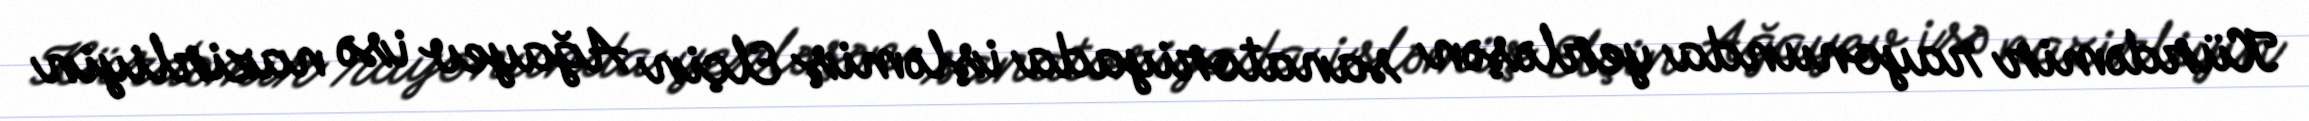
Kürdəmir rayonunda yerləşən sanatoriyada işləmiş Elçin Ağayev isə nazirliyin